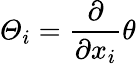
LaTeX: \varTheta_{i}=\frac{\partial}{\partial x_{i}}\theta